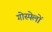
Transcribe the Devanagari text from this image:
गोस्पेलों